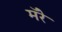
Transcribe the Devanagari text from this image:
मॅरे